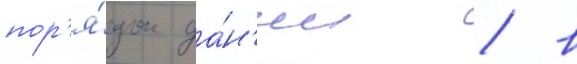
пор'я́док да́н'ии / в